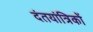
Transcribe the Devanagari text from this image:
दंतयांत्रिकों